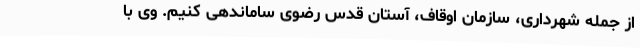
از جمله شهرداری، سازمان اوقاف، آستان قدس رضوی ساماندهی کنیم. وی با